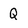
Character: Q